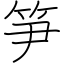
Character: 笋